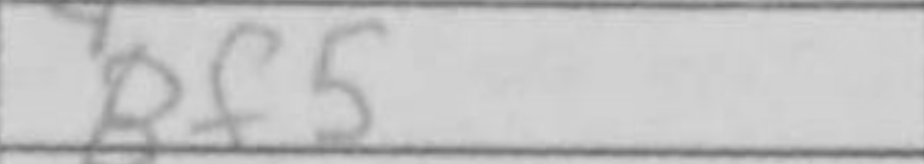
Transcription: Bf5